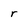
Character: r